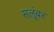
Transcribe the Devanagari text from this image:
सलूंबर